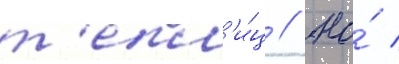
т'епл'и́ц // Но́ /